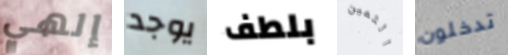
إلهي يوجد بلطف الثمين تدخلون